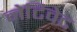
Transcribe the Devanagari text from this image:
नेटिवेट